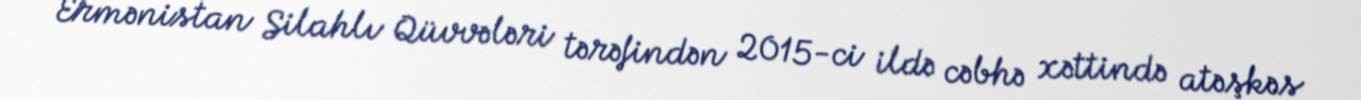
Ermənistan Silahlı Qüvvələri tərəfindən 2015-ci ildə cəbhə xəttində atəşkəs